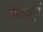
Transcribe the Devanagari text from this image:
सिक्कड़ों